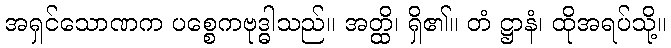
အရှင်သောဏက ပစ္စေကဗုဒ္ဓါသည်။ အတ္ထိ၊ ရှိ၏။ တံ ဋ္ဌာနံ၊ ထိုအရပ်သို့။